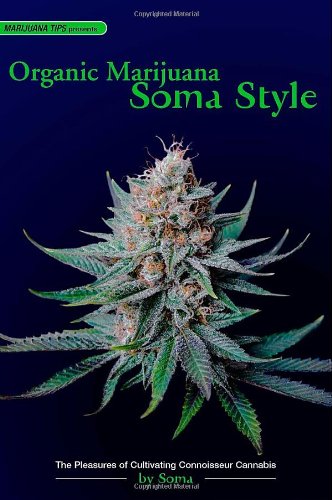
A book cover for Organic Marijuana, Soma Style: The Pleasures of Cultivating Connoisseur Cannabis (Marijuana Tips); Soma; Crafts, Hobbies & Home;